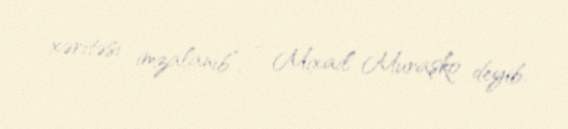
xəritəsi imzalanıb”, - Mixail Muraşko deyib.